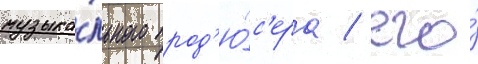
музыка́льного прод'ю́с'ера / его́